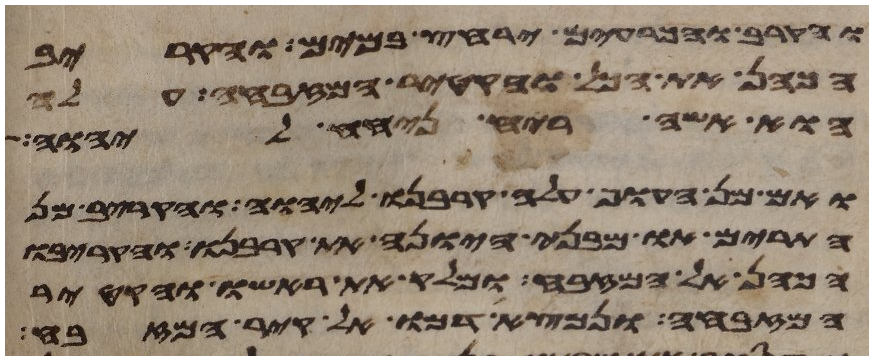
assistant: והקרב והכרעים ירחץ במים והקריב
הכהן את הכל והקטיר המזבחה עלה
הוא אשה ריח ניחח ליהוה
ואם מן העוף עלה קרבנו ליהוה והקריב מן
התרים או מבני היונה את קרבנו והקריבו
הכהן אל המזבח ומלק את ראשו והקטיר
המזבחה ונמצא דמו אל קיר המזבח